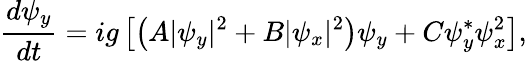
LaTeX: \frac{d\psi_{y}}{dt}=ig\left[\left(A|\psi_{y}|^{2}+B|\psi_{x}|^{2}\right)\psi_{y}+C\psi_{y}^{*}\psi_{x}^{2}\right],